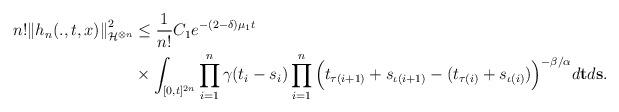
LaTeX: \begin{align*} n!{\|h_n(.,t,x)\|}_{\mathcal{H}^{\otimes n}}^2 &\leq\frac{1}{n!}C_1 e^{-(2-\delta)\mu_1 t}\\&\times\int_{[0, t]^{2n}}\prod_{i=1}^n \gamma(t_i-s_i)\prod_{i=1}^n\Big(t_{\tau(i+1)}+s_{\iota(i+1)}-(t_{\tau(i)}+s_{\iota(i)})\Big)^{-\beta/\alpha}d{\bf t}d{\bf s}.\end{align*}